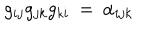
LaTeX: g _ { i j } g _ { j k } g _ { k i } \: = \: \alpha _ { i j k }